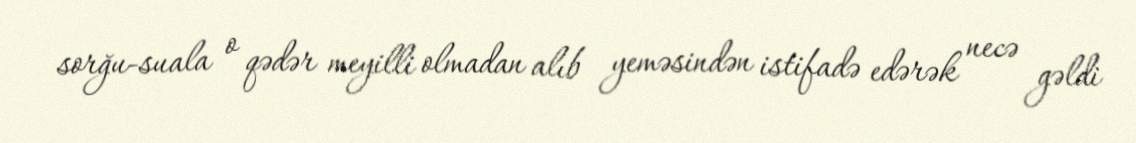
sorğu-suala o qədər meyilli olmadan alıb yeməsindən istifadə edərək necə gəldi